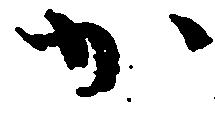
か